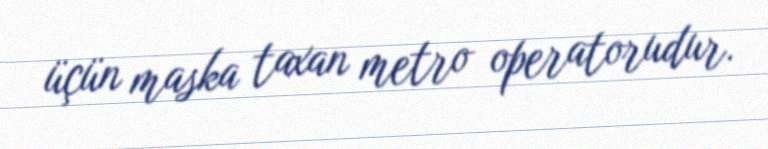
üçün maska taxan metro operatorudur.